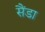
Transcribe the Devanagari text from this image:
सैंडा